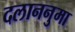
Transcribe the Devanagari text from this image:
दलाननुमा